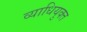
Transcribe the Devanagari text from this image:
व्याधियुक्त